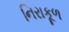
નિરાકૂળ